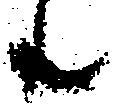
共